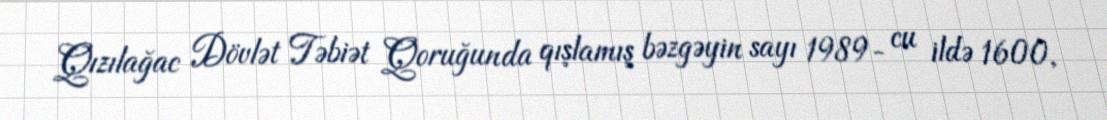
Qızılağac Dövlət Təbiət Qoruğunda qışlamış bəzgəyin sayı 1989- cu ildə 1600,